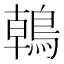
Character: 𪂂